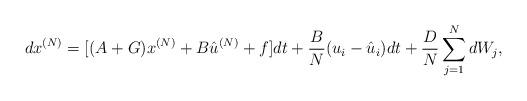
LaTeX: \begin{align*}dx^{(N)} = [(A+G)x^{(N)} +B \hat u^{(N)}+f ] dt +\frac{B}{N}(u_i-\hat u_i)dt +\frac{D}{N} \sum_{j=1}^N dW_j,\end{align*}